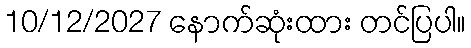
10/12/2027 နောက်ဆုံးထား တင်ပြပါ။